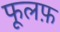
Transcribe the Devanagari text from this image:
फूलफ़